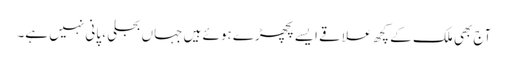
آج بھی ملک کے کچھ علاقے ایسے پچھڑے ہوئے ہیں جہاں بجلی ، پانی نہیں ہے۔